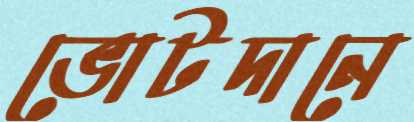
ভোটদানে